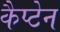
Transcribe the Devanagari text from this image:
कैप्‍टेन